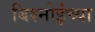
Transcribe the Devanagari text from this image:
बिश्‍नोईंच्या